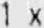
1 X